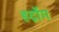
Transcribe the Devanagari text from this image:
हर्द्रोग